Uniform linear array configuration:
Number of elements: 48
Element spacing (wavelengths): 0.5
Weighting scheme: kaiser
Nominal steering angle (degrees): -15
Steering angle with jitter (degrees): -14.299
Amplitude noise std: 0.05
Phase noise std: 0.05

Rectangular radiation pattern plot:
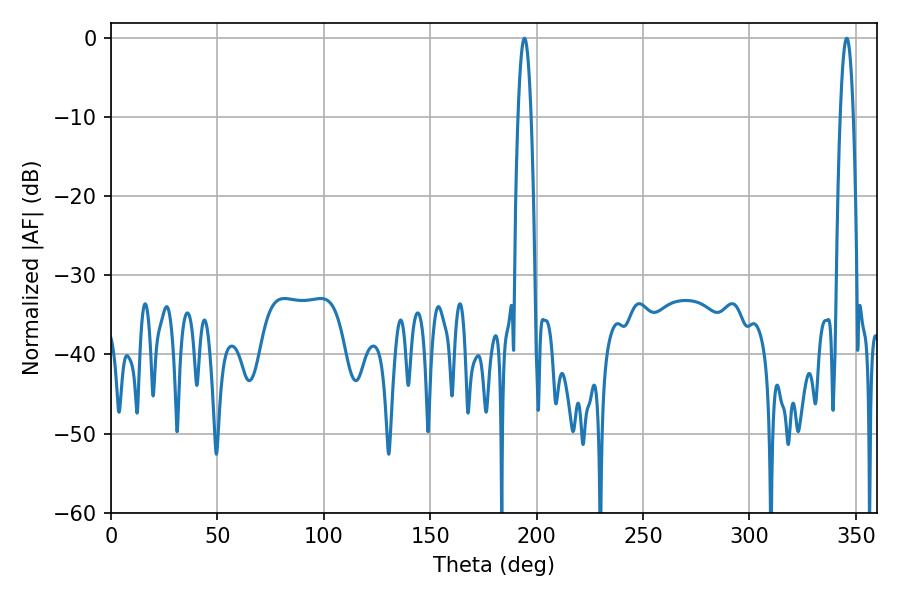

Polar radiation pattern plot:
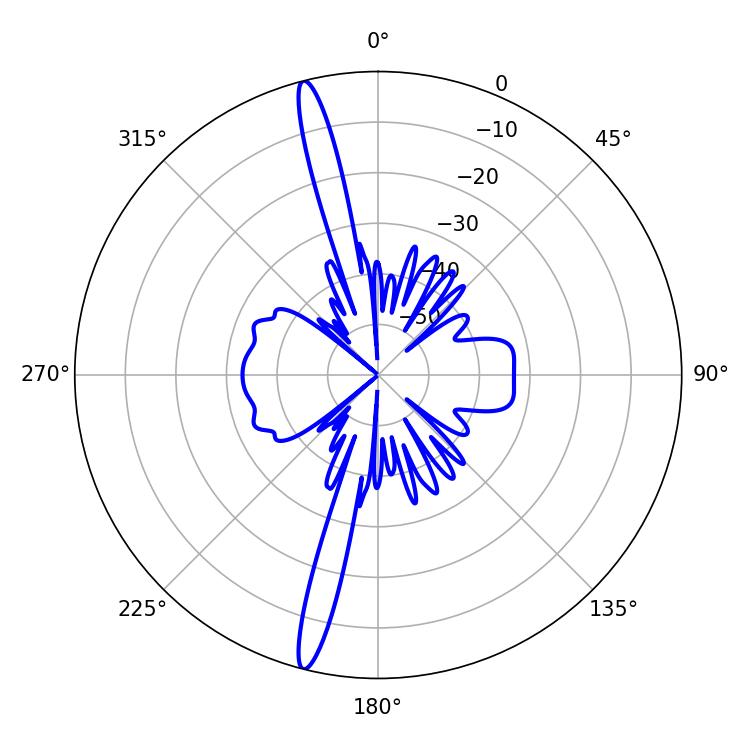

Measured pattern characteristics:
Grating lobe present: FALSE
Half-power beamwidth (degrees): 3.42
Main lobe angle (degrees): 194.22